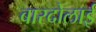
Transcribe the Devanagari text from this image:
बारदोलाई